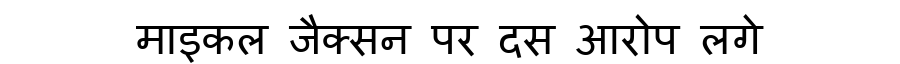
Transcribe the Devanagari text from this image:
माइकल जैक्सन पर दस आरोप लगे